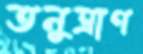
তনুত্রাণ